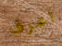
أعرف